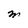
Character: M